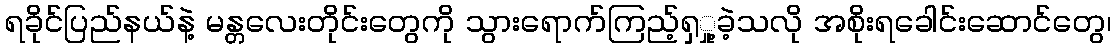
ရခိုင်ပြည်နယ်နဲ့ မန္တလေးတိုင်းတွေကို သွားရောက်ကြည့်ရှှု့ခဲ့သလို အစိုးရခေါင်းဆောင်တွေ၊